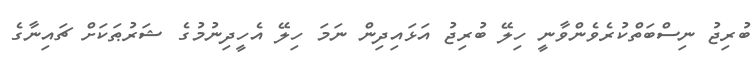
ބުރިޖު ނިސްބަތްކުރެވެންވާނީ ހިލޭ ބުރިޖު އަޅައިދިން ނަމަ ހިލޭ އެހީދިނުމުގެ ޝަރުޠަކަށް ޗައިނާގެ